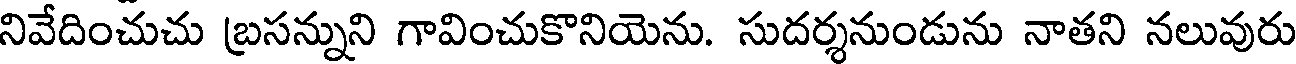
నివేదించుచు బ్రసన్నుని గావించుకొనియెను. సుదర్శనుండును నాతని నలువురు